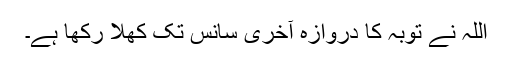
اللہ نے توبہ کا دروازہ آخری سانس تک کھلا رکھا ہے۔